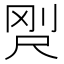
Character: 𡱸